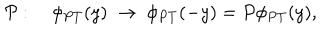
LaTeX: { \cal P } : \quad \phi _ { P T } ( y ) \; \rightarrow \; \phi _ { P T } ( - y ) = P \phi _ { P T } ( y ) ,